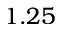
1 . 2 5